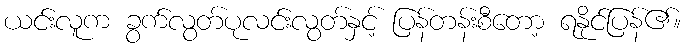
ယင်းလူက ခွက်လွတ်ပုလင်းလွတ်နှင့် ပြန်တန်းစီတော့ ရနိုင်ပြန်၏။